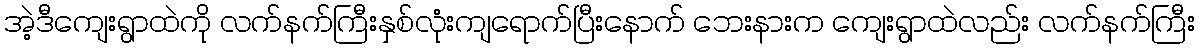
အဲ့ဒီကျေးရွာထဲကို လက်နက်ကြီးနှစ်လုံးကျရောက်ပြီးနောက် ဘေးနားက ကျေးရွာထဲလည်း လက်နက်ကြီး